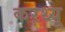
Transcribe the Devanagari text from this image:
करथ्यू